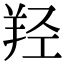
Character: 羟